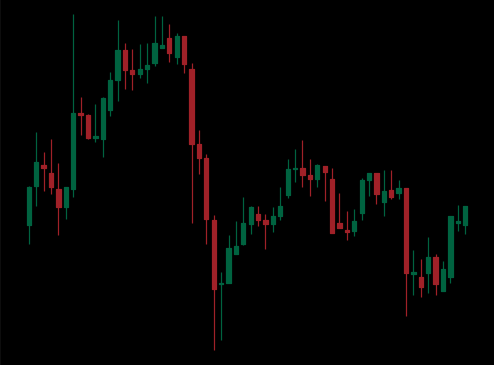
Pattern: unclassified